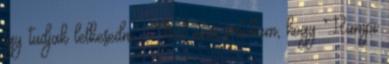
így tudjak lelkesedni. : Azt nem értettem, hogy Rumpi